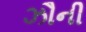
ઝૌની